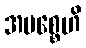
အမစ္စေဟိ